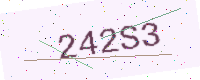
Text: 242S3